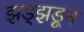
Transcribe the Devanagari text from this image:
झड्झडून